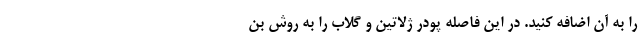
را به آن اضافه کنید. در این فاصله پودر ژلاتین و گلاب را به روش بن